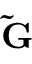
\mathbf { \tilde { G } }